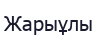
Жарыұлы